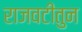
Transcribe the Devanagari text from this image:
राजवटीतुन